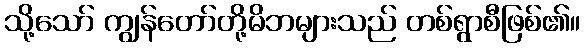
သို့သော် ကျွန်တော်တို့မိဘများသည် တစ်ရွာစီဖြစ်၏။